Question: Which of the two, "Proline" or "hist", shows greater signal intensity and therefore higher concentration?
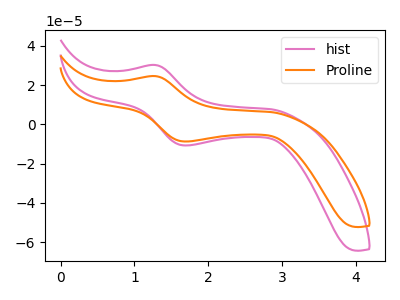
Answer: <think>The pink curve "hist" has an anodic peak at (1.30V, 30.20uA) and a cathodic peak at (1.70V, -10.80uA). The orange curve "Proline" has an anodic peak at (1.30V, 24.55uA) and a cathodic peak at (1.70V, -8.75uA).
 All the peaks in "Proline" have a peak in "hist" at the same potential. Every peak in "Proline" is lower than every peak in "hist".</think>
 <answer>"Proline" has less signal than "hist" and so likely has a lower concentration.</answer>
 <eval>less_concentration</eval>